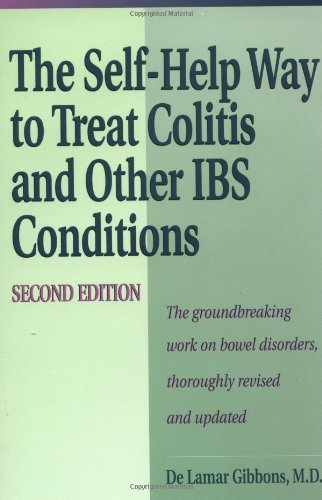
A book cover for Self Help Way To Treat Colitis and Other IBS Conditions, Second Edition; DeLamar Gibbons; Health, Fitness & Dieting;